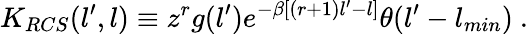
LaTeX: K_{RCS}(l^{\prime},l)\equiv z^{r}g(l^{\prime})e^{-\beta[(r+1)l^{\prime}-l]}\theta(l^{\prime}-l_{min})\ .